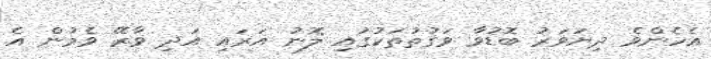
އެހެންވެ ދިޔަވަރު ބޮޑުވާ ވަގުތުތަކުގައި ލޮނު އަރައި އަދި ވާރޭ ވެމުން އެ